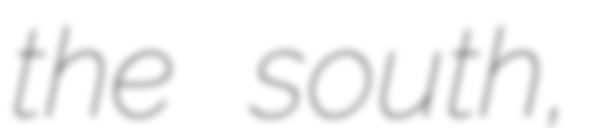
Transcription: the south,